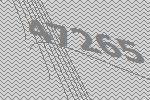
47265